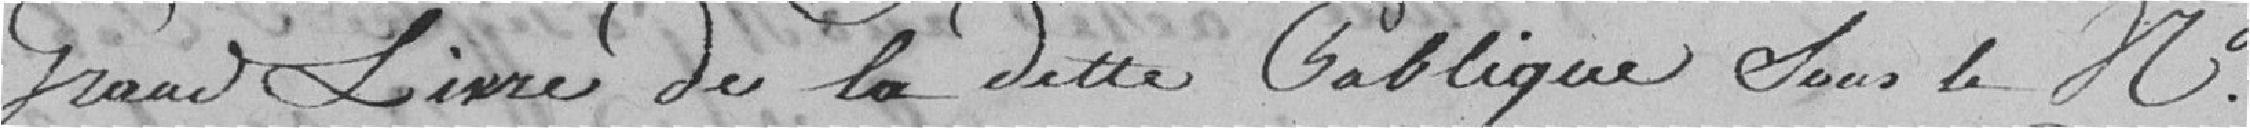
grand livre de la dette publique sous le N°